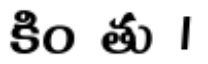
కిం తు ।